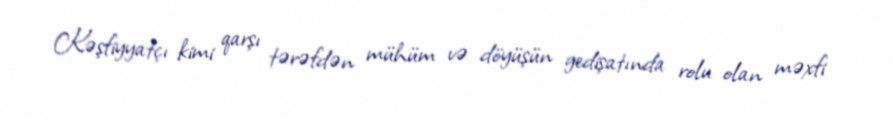
Kəşfiyyatçı kimi qarşı tərəfdən mühüm və döyüşün gedişatında rolu olan məxfi